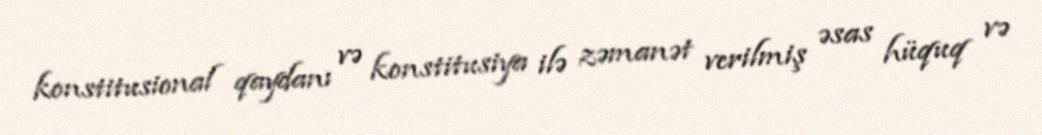
konstitusional qaydanı və konstitusiya ilə zəmanət verilmiş əsas hüquq və